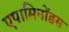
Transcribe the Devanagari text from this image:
एपामिनोंडस